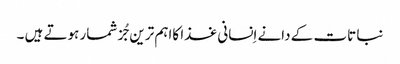
نبا تات کے دانے اِنسانی غذا کااہم ترین جُز شمار ہوتے ہیں ۔